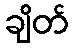
ချိတ်